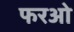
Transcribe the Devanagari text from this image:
फरओ